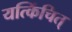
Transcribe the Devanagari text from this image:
यत्किंचित्‌